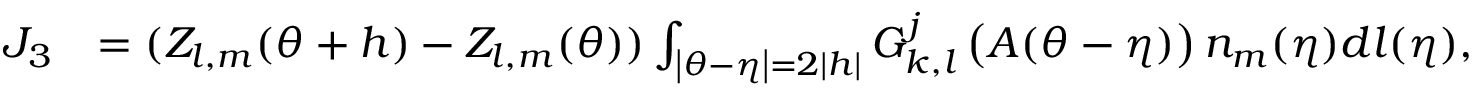
\begin{array} { r l } { J _ { 3 } } & { = ( Z _ { l , m } ( { \boldsymbol { \theta } } + { \boldsymbol { h } } ) - Z _ { l , m } ( { \boldsymbol { \theta } } ) ) \int _ { \left\lvert { \boldsymbol { \theta } } - { \boldsymbol { \eta } } \right\rvert = 2 \left\lvert { \boldsymbol { h } } \right\rvert } G _ { k , l } ^ { j } \left( A ( { \boldsymbol { \theta } } - { \boldsymbol { \eta } } ) \right) n _ { m } ( { \boldsymbol { \eta } } ) d l ( { \boldsymbol { \eta } } ) , } \end{array}